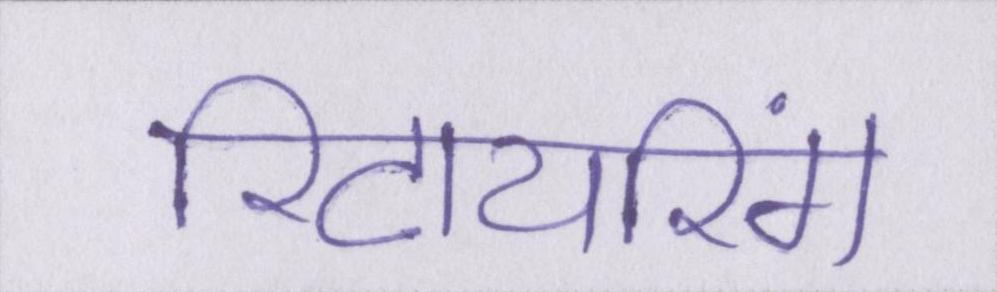
रिटायरिंग